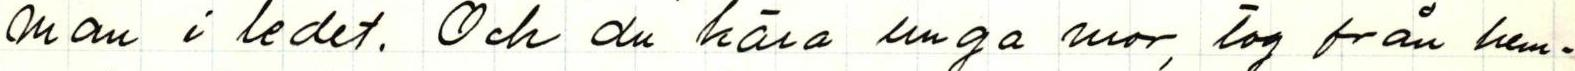
man i ledet. Och du kära unga mor, tog från hem-